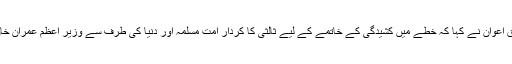
ٹوئٹر پر اپنے ایک بیان میں ڈاکٹر فردوس عاشق اعوان نے کہا کہ خطے میں کشیدگی کے خاتمے کے لیے ثالثی کا کردار امت مسلمہ اور دنیا کی طرف سے وزیر اعظم عمران خان کی قائدانہ صلاحیتوں پر اعتماد کا مظہر ہے۔